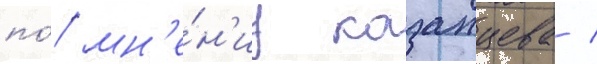
по́ мн'е́н'иу казанцева /